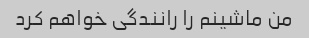
من ماشینم را رانندگی خواهم کرد